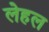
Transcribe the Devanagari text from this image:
लेहल